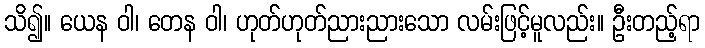
သိ၍။ ယေန ဝါ၊ တေန ဝါ၊ ဟုတ်ဟုတ်ညားညားသော လမ်းဖြင့်မူလည်း။ ဦးတည့်ရာ